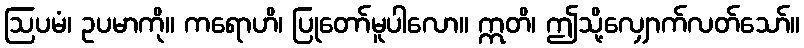
ဩပမံ၊ ဥပမာကို။ ကရောဟိ၊ ပြုတော်မူပါလော။ ဣတိ၊ ဤသို့လျှောက်လတ်သော်။